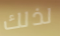
لذلك